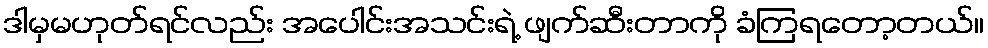
ဒါမှမဟုတ်ရင်လည်း အပေါင်းအသင်းရဲ့ ဖျက်ဆီးတာကို ခံကြရတော့တယ်။